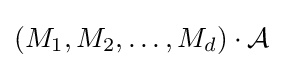
(M_{1},M_{2},\ldots ,M_{d})\cdot {\mathcal {A}}